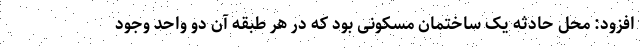
افزود: محل حادثه یک ساختمان مسکونی بود که در هر طبقه آن دو واحد وجود